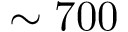
\sim 7 0 0